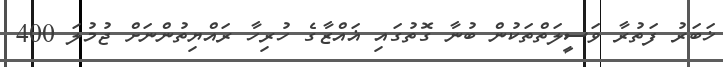
ޚަބަރު ފަތުރާ ވަސީލަތްތަކުން ބުނާ ގޮތުގައި ޣައްޒާގެ ހުރިހާ ރައްޔިތުންނަށް ޖުމުލަ 400